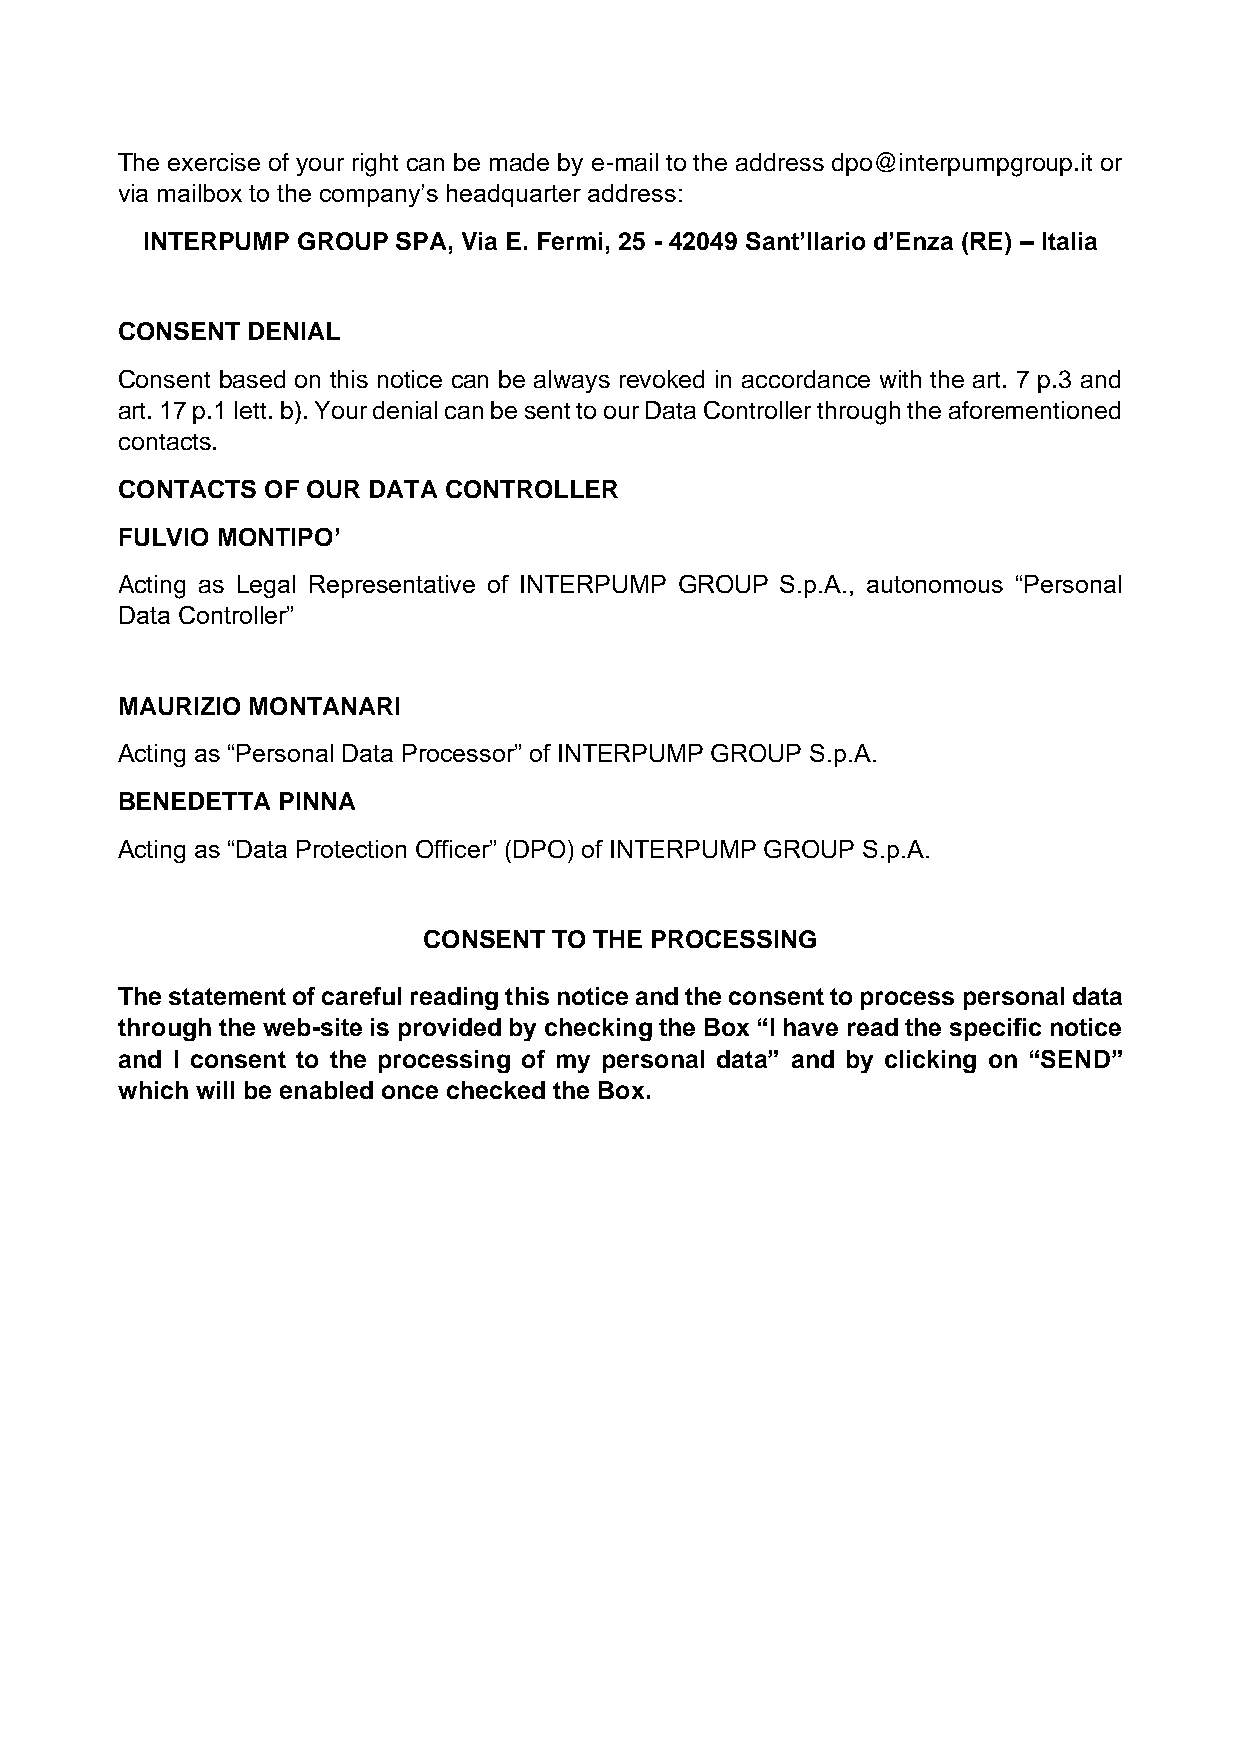
The exercise of your right can be made by e-mail to the address dpo@interpumpgroup.it or
 via mailbox to the company’s headquarter address:
 INTERPUMP  GROUP SPA, Via E. Fermi, 25 - 42049 Sant’Ilario d’Enza (RE) – Italia
 CONSENT DENIAL
 Consent based on this notice can be always revoked in accordance with the art. 7 p.3 and
 art. 17 p.1 lett. b). Your denial can be sent to our Data Controller through the aforementioned
 contacts.
 CONTACTS OF OUR DATA CONTROLLER
 FULVIO MONTIPO’
 Acting as Legal Representative of INTERPUMP GROUP S.p.A., autonomous “Personal
 Data Controller”
 MAURIZIO MONTANARI
 Acting as “Personal Data Processor” of INTERPUMP GROUP S.p.A.
 BENEDETTA PINNA
 Acting as “Data Protection Officer” (DPO) of INTERPUMP GROUP S.p.A.
 CONSENT  TO THE PROCESSING
 The statement of careful reading this notice and the consent to process personal data
 through the web-site is provided by checking the Box “I have read the specific notice
 and I consent to the processing of my personal data” and by clicking on “SEND”
 which will be enabled once checked the Box.